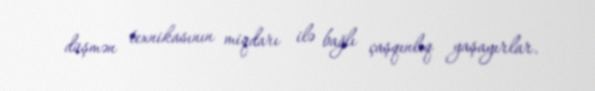
düşmən texnikasının miqdarı ilə bağlı çaşqınlıq yaşayırlar.